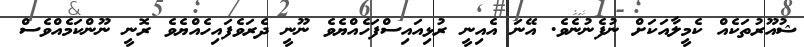
ޝުއޫރުތަކެއް ކެމީލާއަކަށް ނުފެނުނެވެ. އޭނަ އެއިނީ ރުޅިއައިސްފަހެއްޔެވެ ނޫނީ ދެރަވެފައިހެއްޔެވެ ރޮނީ ނޫންކަމެއްވެސް